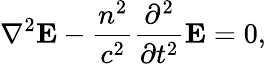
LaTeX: \nabla^{2}\mathbf{E}-{\frac{n^{2}}{c^{2}}}{\frac{\partial^{2}}{\partial t^{2}}}\mathbf{E}=0,